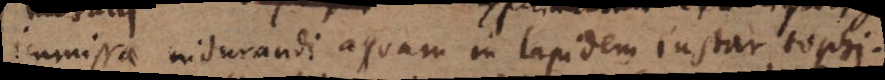
immissa indurandi aquam in lapidem instar tophi.